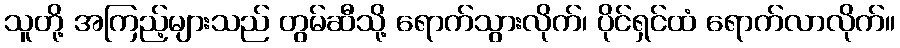
သူတို့ အကြည့်များသည် တွမ်ဆီသို့ ရောက်သွားလိုက်၊ ပိုင်ရှင်ထံ ရောက်လာလိုက်။